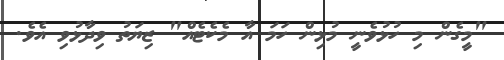
"މީގެން މި ހުޅުވެނީ މުޅިން ހަމަ އާ މެކެޓެއް" ޒިޔަތު ވިދާޅުވި އެވެ.